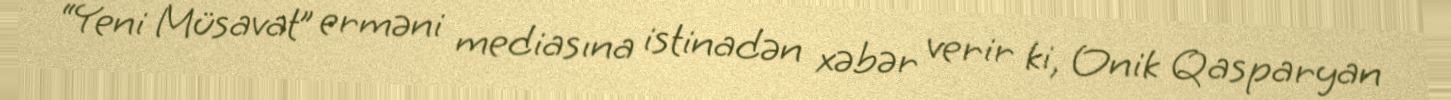
“Yeni Müsavat” erməni mediasına istinadən xəbər verir ki, Onik Qasparyan